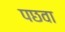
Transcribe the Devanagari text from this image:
पछवा